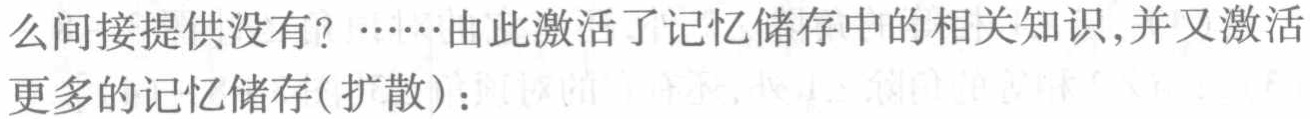
么间接提供没有？……由此激活了记忆储存中的相关知识,并又激活更多的记忆储存(扩散)：